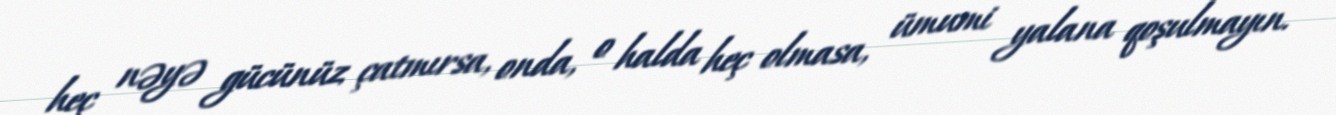
heç nəyə gücünüz çatmırsa, onda, o halda heç olmasa, ümumi yalana qoşulmayın.